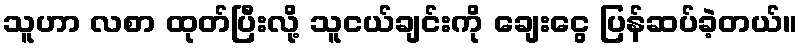
သူဟာ လစာ ထုတ်ပြီးလို့ သူငယ်ချင်းကို ချေးငွေ ပြန်ဆပ်ခဲ့တယ်။